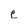
Character: e